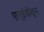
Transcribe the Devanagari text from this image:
एल्ईडीतून